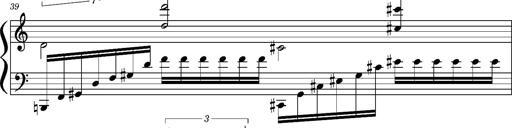
Title: Concerto sans orchestre, S.524a
Composer: Franz Liszt
Key: A major